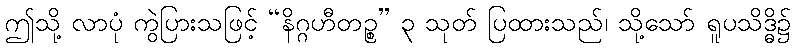
ဤသို့ လာပုံ ကွဲပြားသဖြင့် “နိဂ္ဂဟီတဉ္စ” ၃ သုတ် ပြထားသည်၊ သို့သော် ရူပသိဒ္ဓိ၌